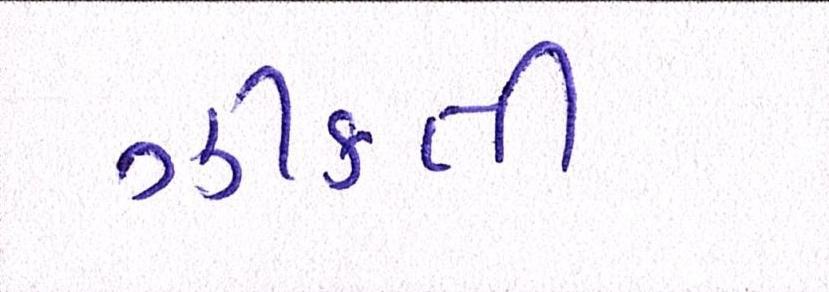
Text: ઝીંકતી